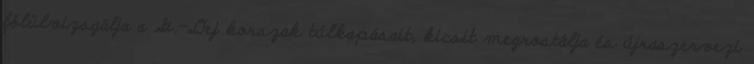
fölülvizsgálja a G.-Dej korszak túlkapásait, kicsit megrostálja és újraszervezi